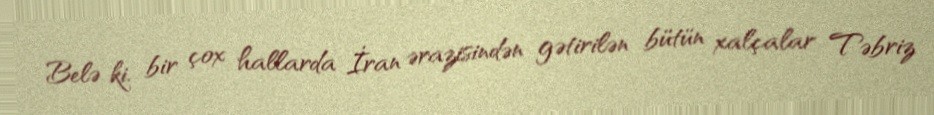
Belə ki, bir çox hallarda İran ərazisindən gətirilən bütün xalçalar Təbriz